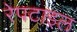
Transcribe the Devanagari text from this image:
रेपटाइल